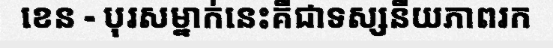
ខេន - បុរសម្នាក់នេះគឺជាទស្សនីយភាពរក